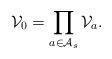
LaTeX: \begin{align*}\mathcal V_0 = \prod_{a \in \mathcal A_s} \mathcal V_a.\end{align*}